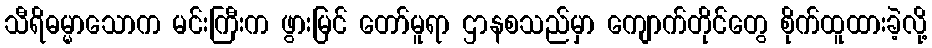
သီရိဓမ္မာသောက မင်းကြီးက ဖွားမြင် တော်မူရာ ဌာနစသည်မှာ ကျောက်တိုင်တွေ စိုက်ထူထားခဲ့လို့